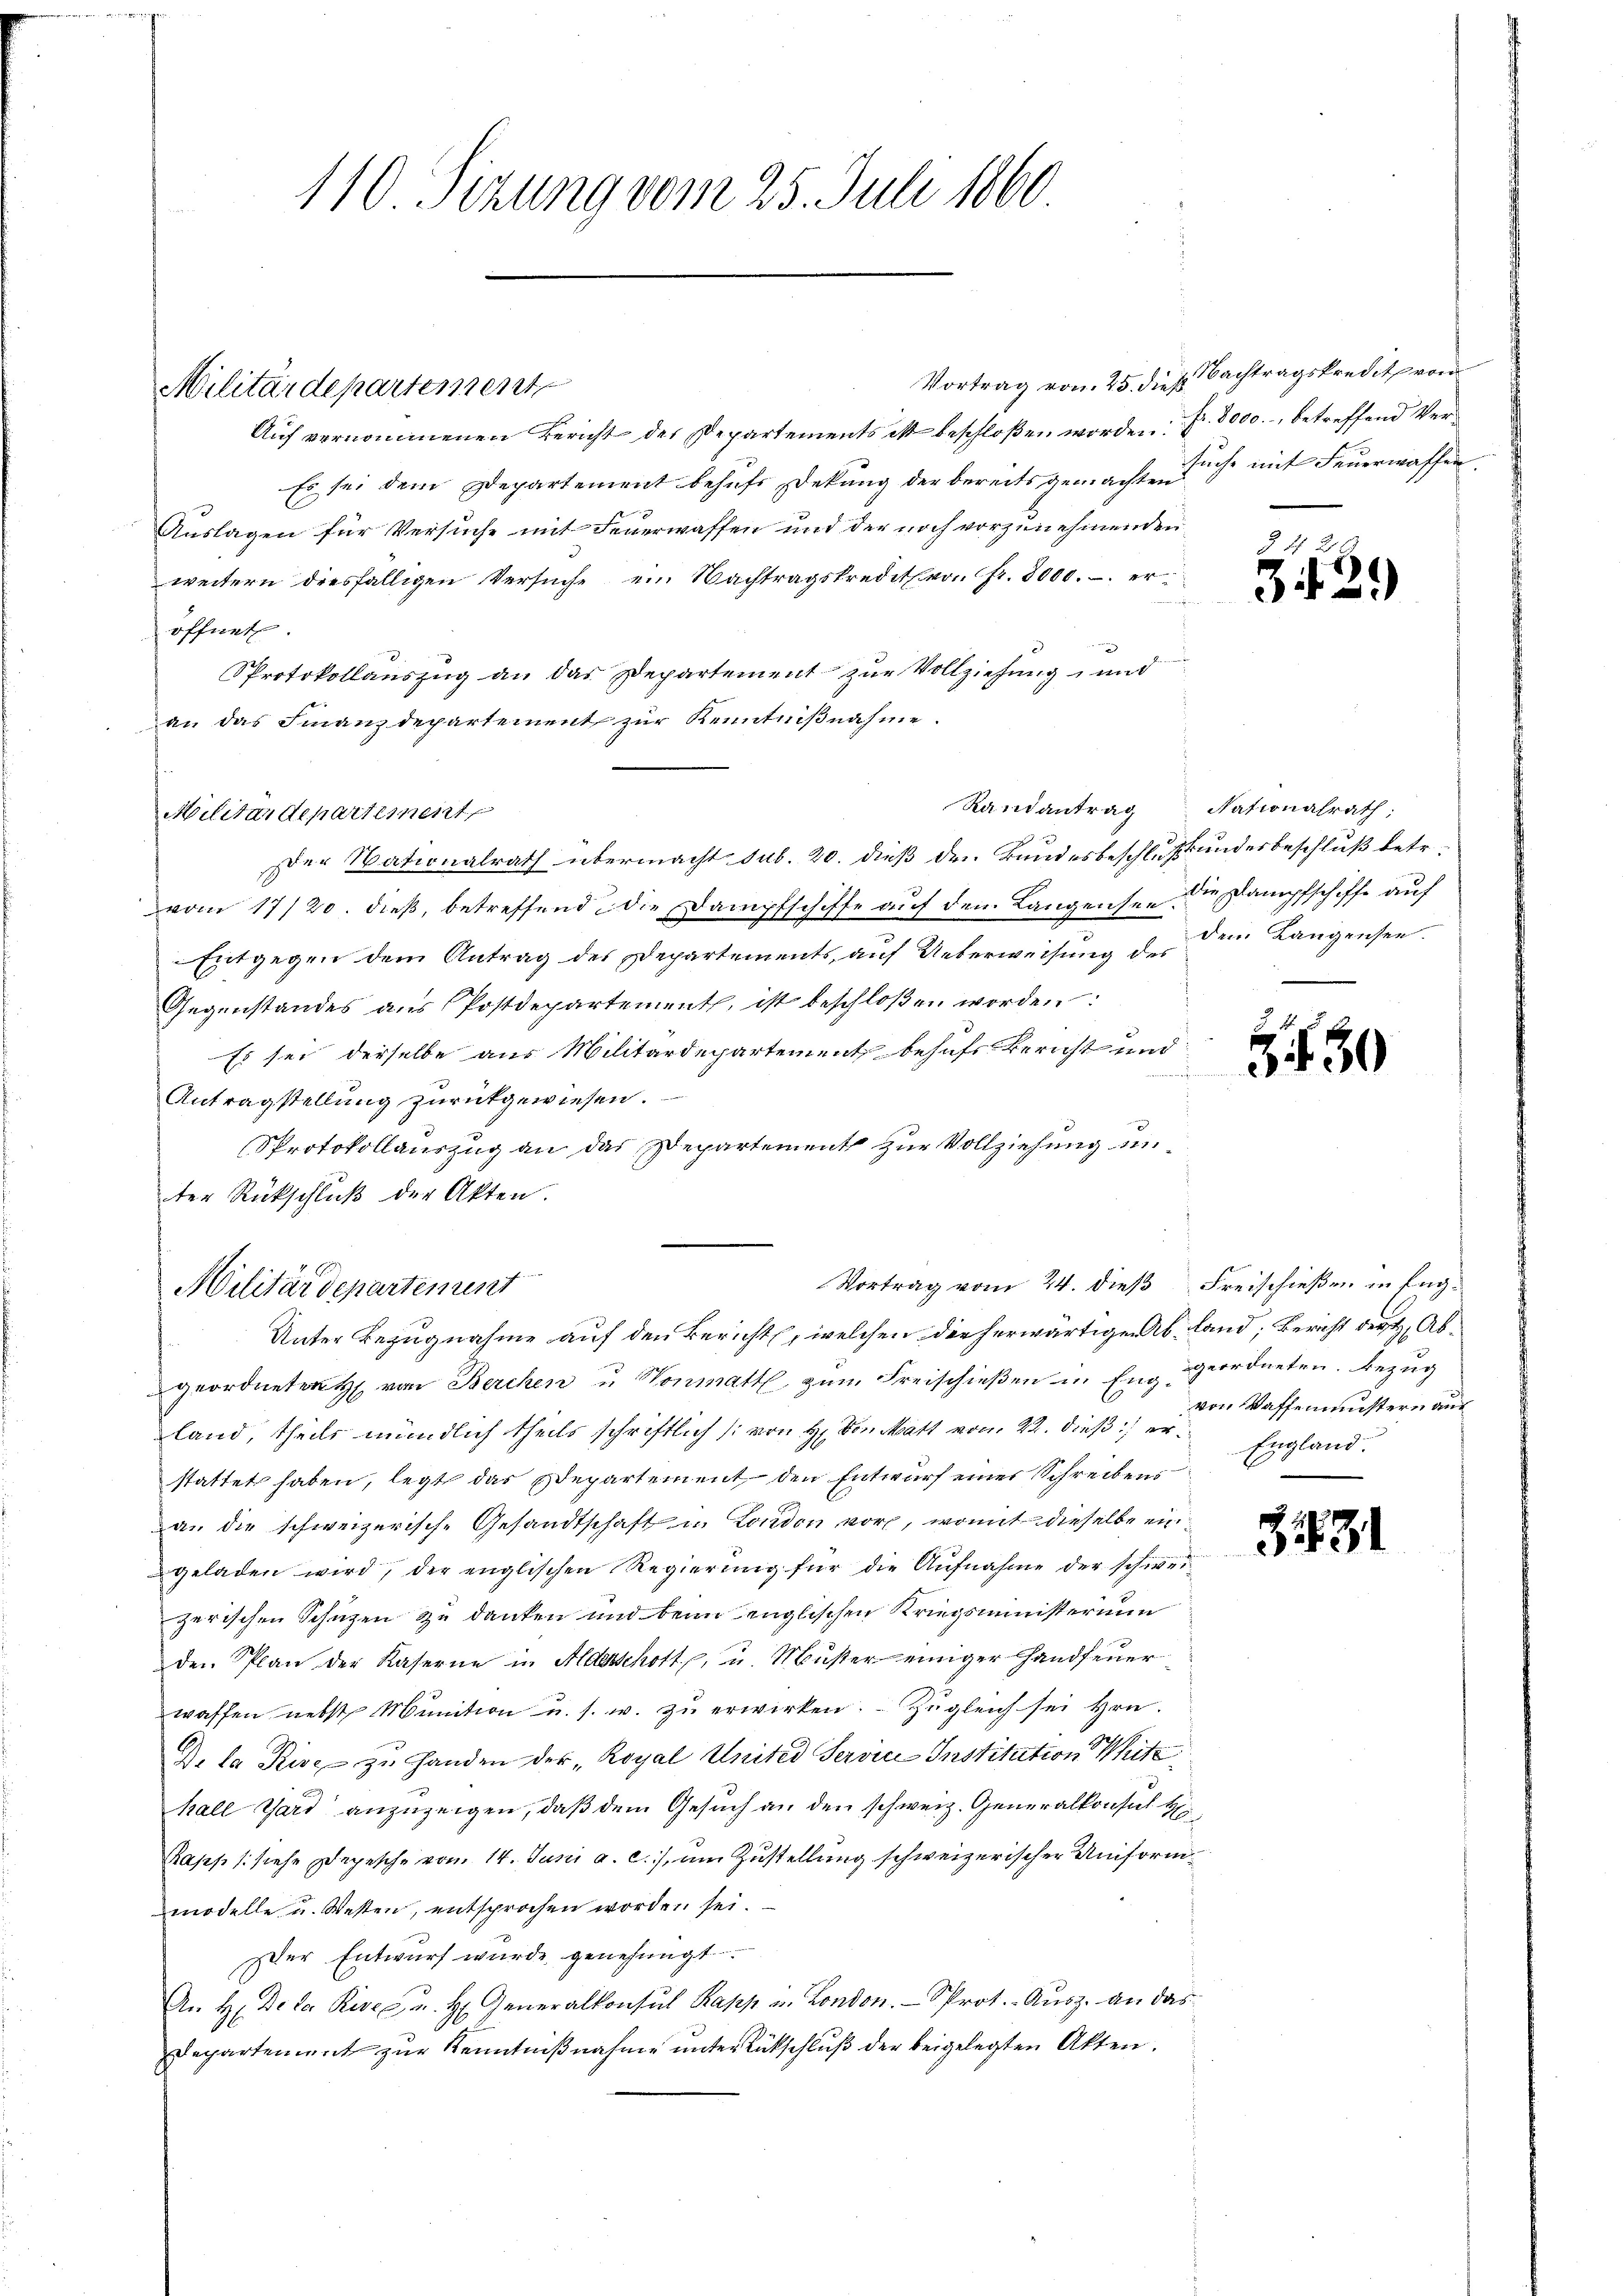
Militärdepartement

Militärdepartement

110. Sizung vom 25. Juli 1860.

Auf vernommenen Bericht der Departements ist beschloßen worden Fr. 3000., betreffend Ver¬
Es sei dem Departement behufs Dekung der bereits gemachten
Auslagen für Versuche mit Feuerwaffen und der noch vorzunehmenden
weitern diesfälligen Versuche ein Nachtragskredith von fr. 8000. eröffnet.
Protokollauszug an das Departement zur Vollziehung und
an das Finanzdepartement zur Kenntnißnahme.
Raisantrag
Der Nationalrath übermacht sub. 20. dieß den Bundesbeschluß undesbeschluß betr.
vom 17/20. dieß, betreffend die Dampfschiffe auf dem Langensee die Dampfschiffe auf
Entgegen dem Antrag des Departements, auf Ueberweisung der den Langensee.
Gegenstandes ans Postdepartement, ist beschloßen worden:
Es sei derselbe aus Militärdepartement behufs Bernst und
Antragstellung zurückgewiesen.
Sprotokollauszug an das Departement zur Vollziehung unter Rückschluß der Akten.
Vortrag vom 24. dieß Freischießen in Eng¬
Militärdepartement
Unter Bezugnahme auf den Bericht, welchen die herwärtigen Abland; Bericht der Abgeordneten H. von Berchen u Wonmatt zŭm Freischieβen in Eng geordneten. Bezug
land, theils mündlich theils schriftlich (von H. Von Matt vom 22. dieß er England.
stattet haben, legt das Departement, den Entwurf einer Schreibens
an die schweizerische Gesandtschaft in London vor, womit dieselbe eingeladen wird, der englischen Regierŭng für die Aŭfnahme der schwei-
gerischen Schutzen zu danken und beim englischen Kriegsministerium
den Plan der Kaserne in Aderschott, u. Muster einiger Handfeuer
waffen nebst Munition u. s. w. zu erwirken. Zugleich sei Hrn.
Dela Keise zu handen der „Royal Knited Servie Institution Mite
hall Gard anzuzeigen, daß dem Gesuch an den schweiz. Generalkonsul Hi¬
Raps (siehe Depesche vom 14. Juni a. c.), am Zustellung schweizerischer Uniform
modelle u. Westen, entsprochen worden sei.
er Entwurf wurde genehmigt.
An H. De la Rive u. H. Generalkonsul Kapp u. London. Prot. - Ausz. an das
Departement zur Kenntnißnahme unter Rückschluß der beigelegten Akten.

Vortrag von 25. dieß. Nachtragskredit von
suche mit Feuerwaffen.

§ 42.
3429

Nationalrath;

Z 30

von Waffenmustern auf

3431